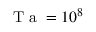
\mathrm { ~ T ~ a ~ } = 1 0 ^ { 8 }